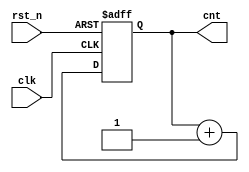
`timescale 1ns/1ps

module count(
    input       clk ,
    input       rst_n,
    output reg [4:0] cnt
);

always @(posedge clk or negedge rst_n) begin
    if(!rst_n)
        cnt <= 'd0;
    else
        cnt <= cnt + 1'b1;
end

endmodule